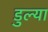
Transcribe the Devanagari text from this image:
डुल्या